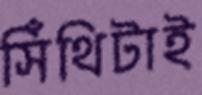
সিঁথিটাই